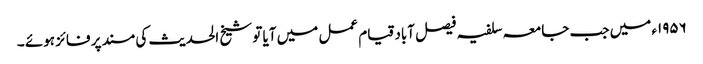
۱۹۵۶ء میں جب جامعہ سلفیہ فیصل آباد قیام عمل میں آیا تو شیخ الحدیث کی مسند پر فائز ہوئے ۔